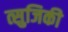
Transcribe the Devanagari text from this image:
त्सुजिकी